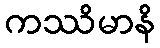
ကဿိမာနိ